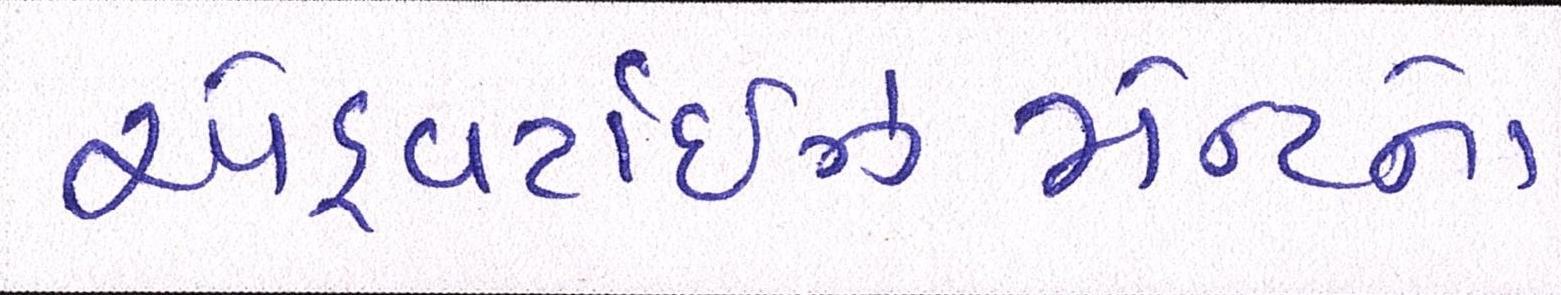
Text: એડ્વર્ટાઇઝમેન્ટનો